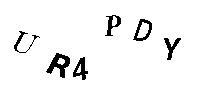
UR4PDY